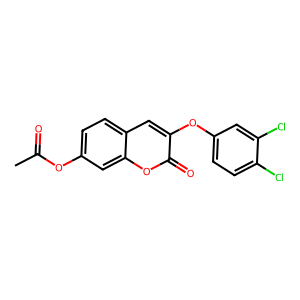
SMILES: CC(=O)Oc1ccc2cc(Oc3ccc(Cl)c(Cl)c3)c(=O)oc2c1
Inhibits HIV replication: No